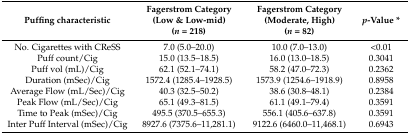
<table><thead><tr><td><b>Puffing characteristic</b></td><td><b>Fagerstrom Category (Low &amp; Low-mid) (<i>n</i> = 218)</b></td><td><b>Fagerstrom Category (Moderate, High) (<i>n</i> = 82)</b></td><td><b><i>p</i>-Value *</b></td></tr></thead><tbody><tr><td>No. Cigarettes with CReSS</td><td>7.0 (5.0–20.0)</td><td>10.0 (7.0–13.0) </td><td>&lt;0.01</td></tr><tr><td>Puff count/Cig</td><td>15.0 (13.5–18.5)</td><td>16.0 (13.0–18.5)</td><td>0.3041</td></tr><tr><td>Puff vol (mL)/Cig</td><td>62.1 (52.1–74.1)</td><td>58.2 (47.0–72.3)</td><td>0.2362</td></tr><tr><td>Duration (mSec)/Cig</td><td>1572.4 (1285.4–1928.5)</td><td>1573.9 (1254.6–1918.9)</td><td>0.8958</td></tr><tr><td>Average Flow (mL/Sec)/Cig</td><td>40.3 (32.5–50.2)</td><td>38.6 (30.8–48.1)</td><td>0.2384</td></tr><tr><td>Peak Flow (mL/Sec)/Cig</td><td>65.1 (49.3–81.5)</td><td>61.1 (49.1–79.4)</td><td>0.3591</td></tr><tr><td>Time to Peak (mSec)/Cig</td><td>495.5 (370.5–655.3)</td><td>556.1 (405.6–637.8)</td><td>0.3591</td></tr><tr><td>Inter Puff Interval (mSec)/Cig </td><td>8927.6 (7375.6–11,281.1)</td><td>9122.6 (6460.0–11,468.1)</td><td>0.6943</td></tr></tbody></table>